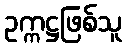
ဥက္ကဋ္ဌဖြစ်သူ